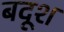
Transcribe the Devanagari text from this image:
बदूश